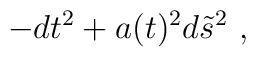
-dt^{2} + a(t)^2 d\tilde{s}^2~,